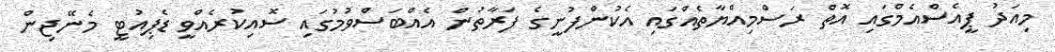
މިއަދު ޕީއެސްއެމްގައި އޮތް ރަސްމިއްޔާތެއްގައި އެކުންފުނީގެ ފަރާތުން އެއްބަސްވުމުގައި ސޮއިކުރެއްވީ ޑެޕިއުޓީ މެނޭޖިން